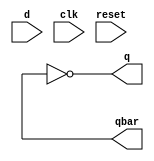
//D_ff with Synch reset

module d_ff_syn(q,qbar,d,clk,reset);
output q,qbar;
input d,clk,reset;

not #2 nt(w0,clk); //edge detector

//Synch reset logic
and a0(w,d,reset);

//FF
and a1(w1,clk,w0);
nand n1(w2,w,w1);
nand n2(w3,w1,w2);
nand n3(q,qbar,w2);
nand n4(qbar,q,w3);


endmodule 

module d_ff_syn_tb();
wire q,qbar;
reg d,clk,reset;

d_ff_syn d2(q,qbar,d,clk,reset);

always #5 clk = ~clk;

initial
begin
d=1;
clk=0;
reset=1;
#7 d=0;
#3 reset =0;
#1 reset=1;
#14 d=1;
reset =0;
#2 reset=1;
end


endmodule